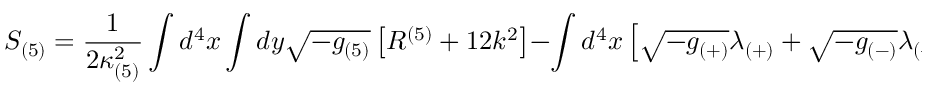
S _ { ( 5 ) } = \frac { 1 } { 2 \kappa _ { ( 5 ) } ^ { 2 } } \int d ^ { 4 } x \int d y \sqrt { - g _ { ( 5 ) } } \left[ R ^ { ( 5 ) } + 1 2 k ^ { 2 } \right] - \int d ^ { 4 } x \left[ \sqrt { - g _ { ( + ) } } \lambda _ { ( + ) } + \sqrt { - g _ { ( - ) } } \lambda _ { ( - ) } \right] ,